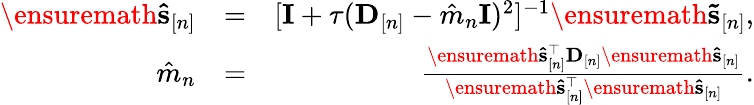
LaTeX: \begin{array}{rlr}{\ensuremath{\mathbf{\hat{s}}}_{[n]}}&{=}&{[{\mathbf I}+\tau({\mathbf D}_{[n]}-\hat{m}_{n}{\mathbf I})^{2}]^{-1}\ensuremath{\mathbf{\tilde{s}}}_{[n]},}\\ {\hat{m}_{n}}&{=}&{\frac{\ensuremath{\mathbf{\hat{s}}}_{[n]}^{\top}\mathbf D_{[n]}\ensuremath{\mathbf{\hat{s}}}_{[n]}}{\ensuremath{\mathbf{\hat{s}}}_{[n]}^{\top}\ensuremath{\mathbf{\hat{s}}}_{[n]}}.}\end{array}